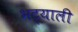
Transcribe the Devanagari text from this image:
भट्याली